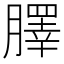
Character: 䐾